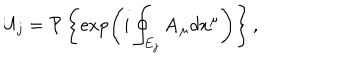
U _ { j } = { \cal P } \left\{ \exp \left( i \oint _ { E _ { j } } { { \bf A _ { \mu } } d x ^ { \mu } } \right) \right\} ,